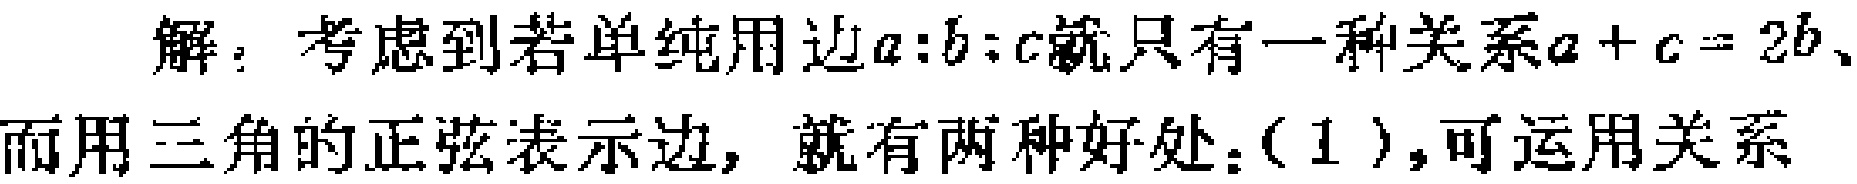
解：考虑到若单纯用边\(a:b:c\)就只有一种关系\(a + c = 2b\)、
而用三角的正弦表示边，就有两种好处：(1 )，可运用关系